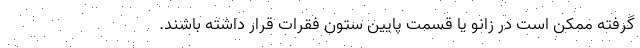
گرفته ممکن است در زانو یا قسمت پایین ستون فقرات قرار داشته باشند.